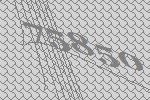
75850